Vaccine operations Central Provinces 1900-1911 - 1900-1911
Year: 1900
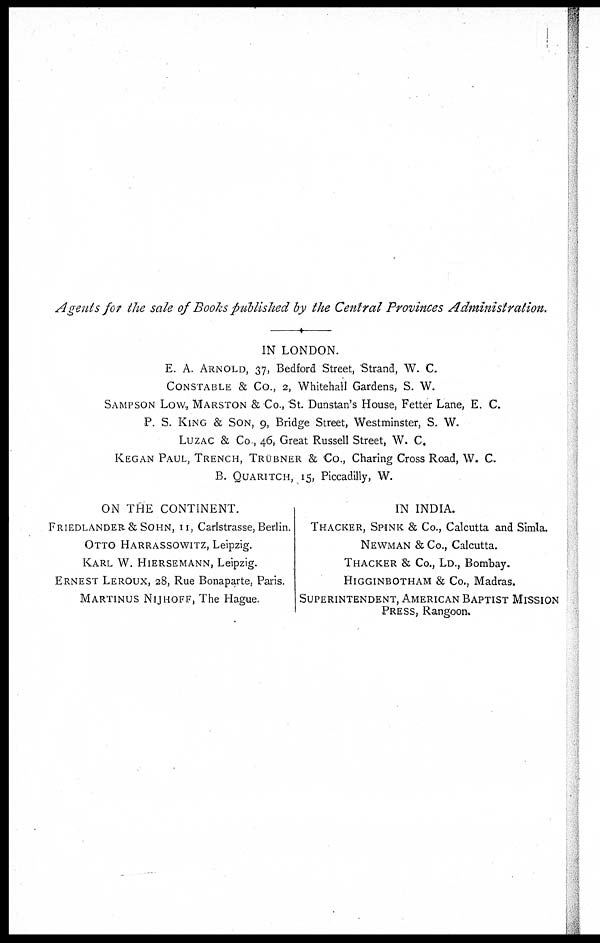
Agents for the sale of Books published by the Central Provinces Administration.
IN LONDON.
E. A. ARNOLD, 37, Bedford Street, Strand, W. C.
CONSTABLE & Co., 2, Whitehall Gardens, S. W.
SAMPSON LOW, MARSTON &Co., St. Dunstan's House, Fetter Lane, E. C.
P. S. KING & SON, 9, Bridge Street, Westminster, S. W.
LUZAC & Co , 46, Great Russell Street, W. C.
KEGAN PAUL, TRENCH, TRUBNER & CO., Charing Cross Road, W. C.
B. QUARITCH, 15, Piccadilly, W.
ON THE CONTINENT.
FRIEDLANDER&SOHN, 11, Carlstrasse, Berlin.
OTTO HARRASSOWITZ, Leipzig.
KARL W. HIERSEMANN, Leipzig.
ERNEST LEROUX, 28, Rue Bonaparte, Paris.
MARTINUS NIJHOFF, The Hague.
IN INDIA.
THACKER, SPINK & Co., Calcutta and Simla.
NEWMAN & Co., Calcutta.
THACKER & Co., LD., Bombay.
HIGGINBOTHAM & Co., Madras.
SUPERINTENDENT, AMERICAN BAPTIST MISSION
PRESS, Rangoon.